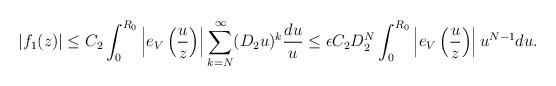
LaTeX: \begin{align*}|f_{1}(z)|\le C_2\int_{0}^{R_0}\left|e_{V}\left(\frac{u}{z}\right)\right|\sum_{k=N}^{\infty}(D_2u)^{k}\frac{du}{u}\le \epsilon C_2D_2^{N}\int_{0}^{R_0}\left|e_{V}\left(\frac{u}{z}\right)\right|u^{N-1}du.\end{align*}